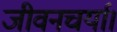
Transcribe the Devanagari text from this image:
जीवनचर्या।